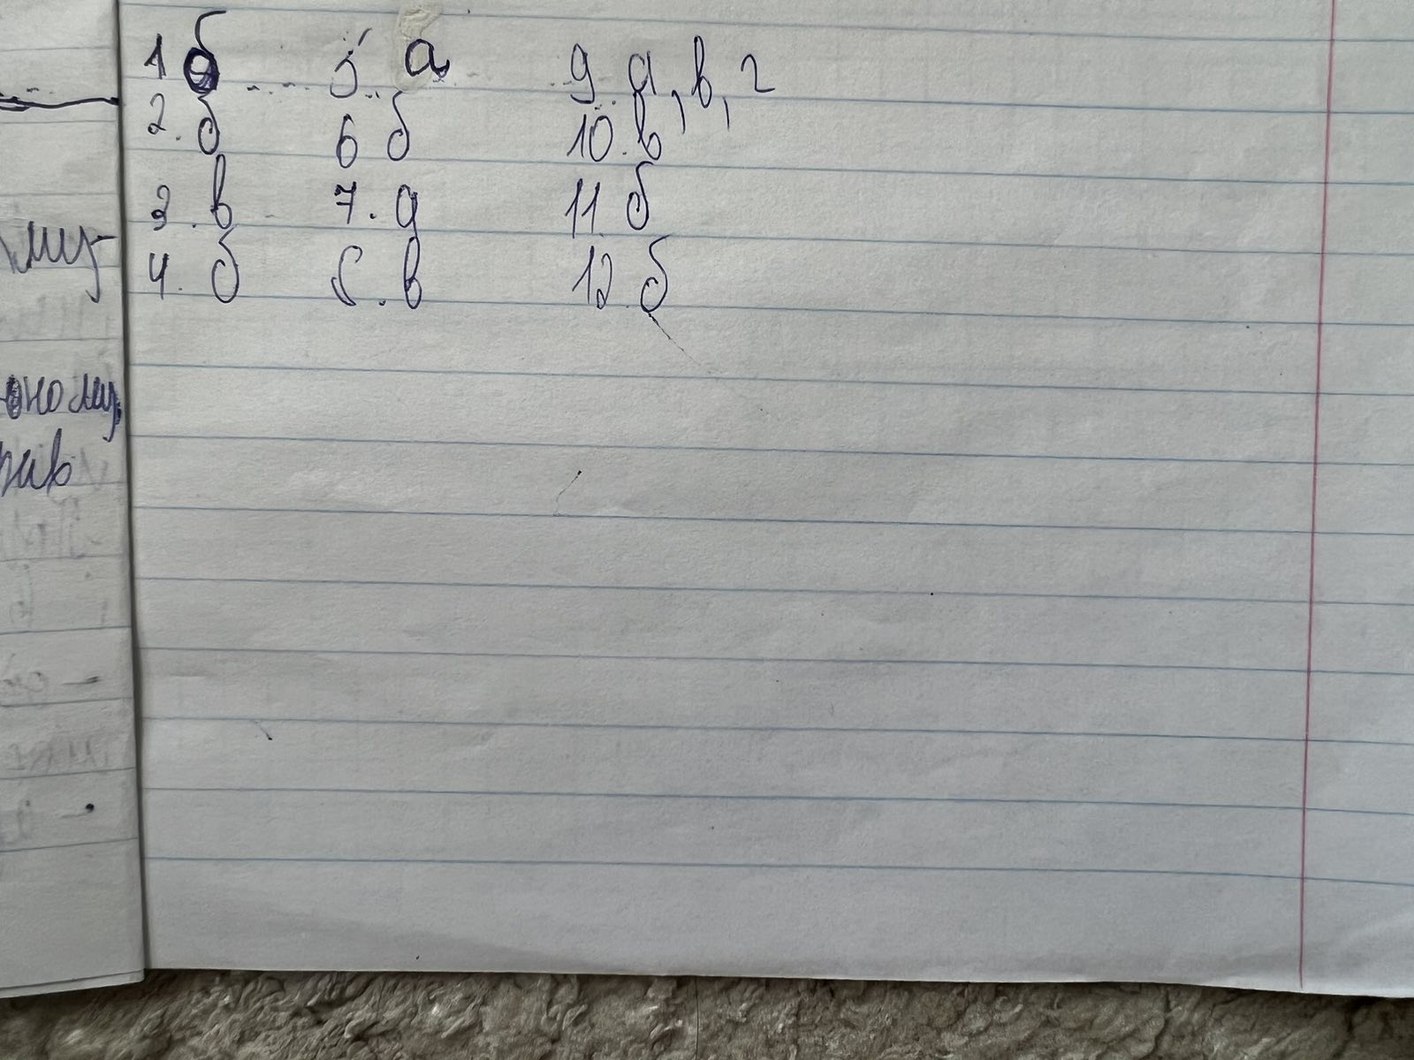
5. а
1 б
9. а,в,г
2. б
6 б
10. в
3. в .
7. а
11. б
му-
4. б
12. б
8. в
оному,
рив